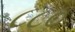
૮૮૦